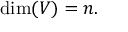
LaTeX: \dim ( V ) = n .